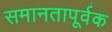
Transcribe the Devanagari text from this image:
समानतापूर्वक